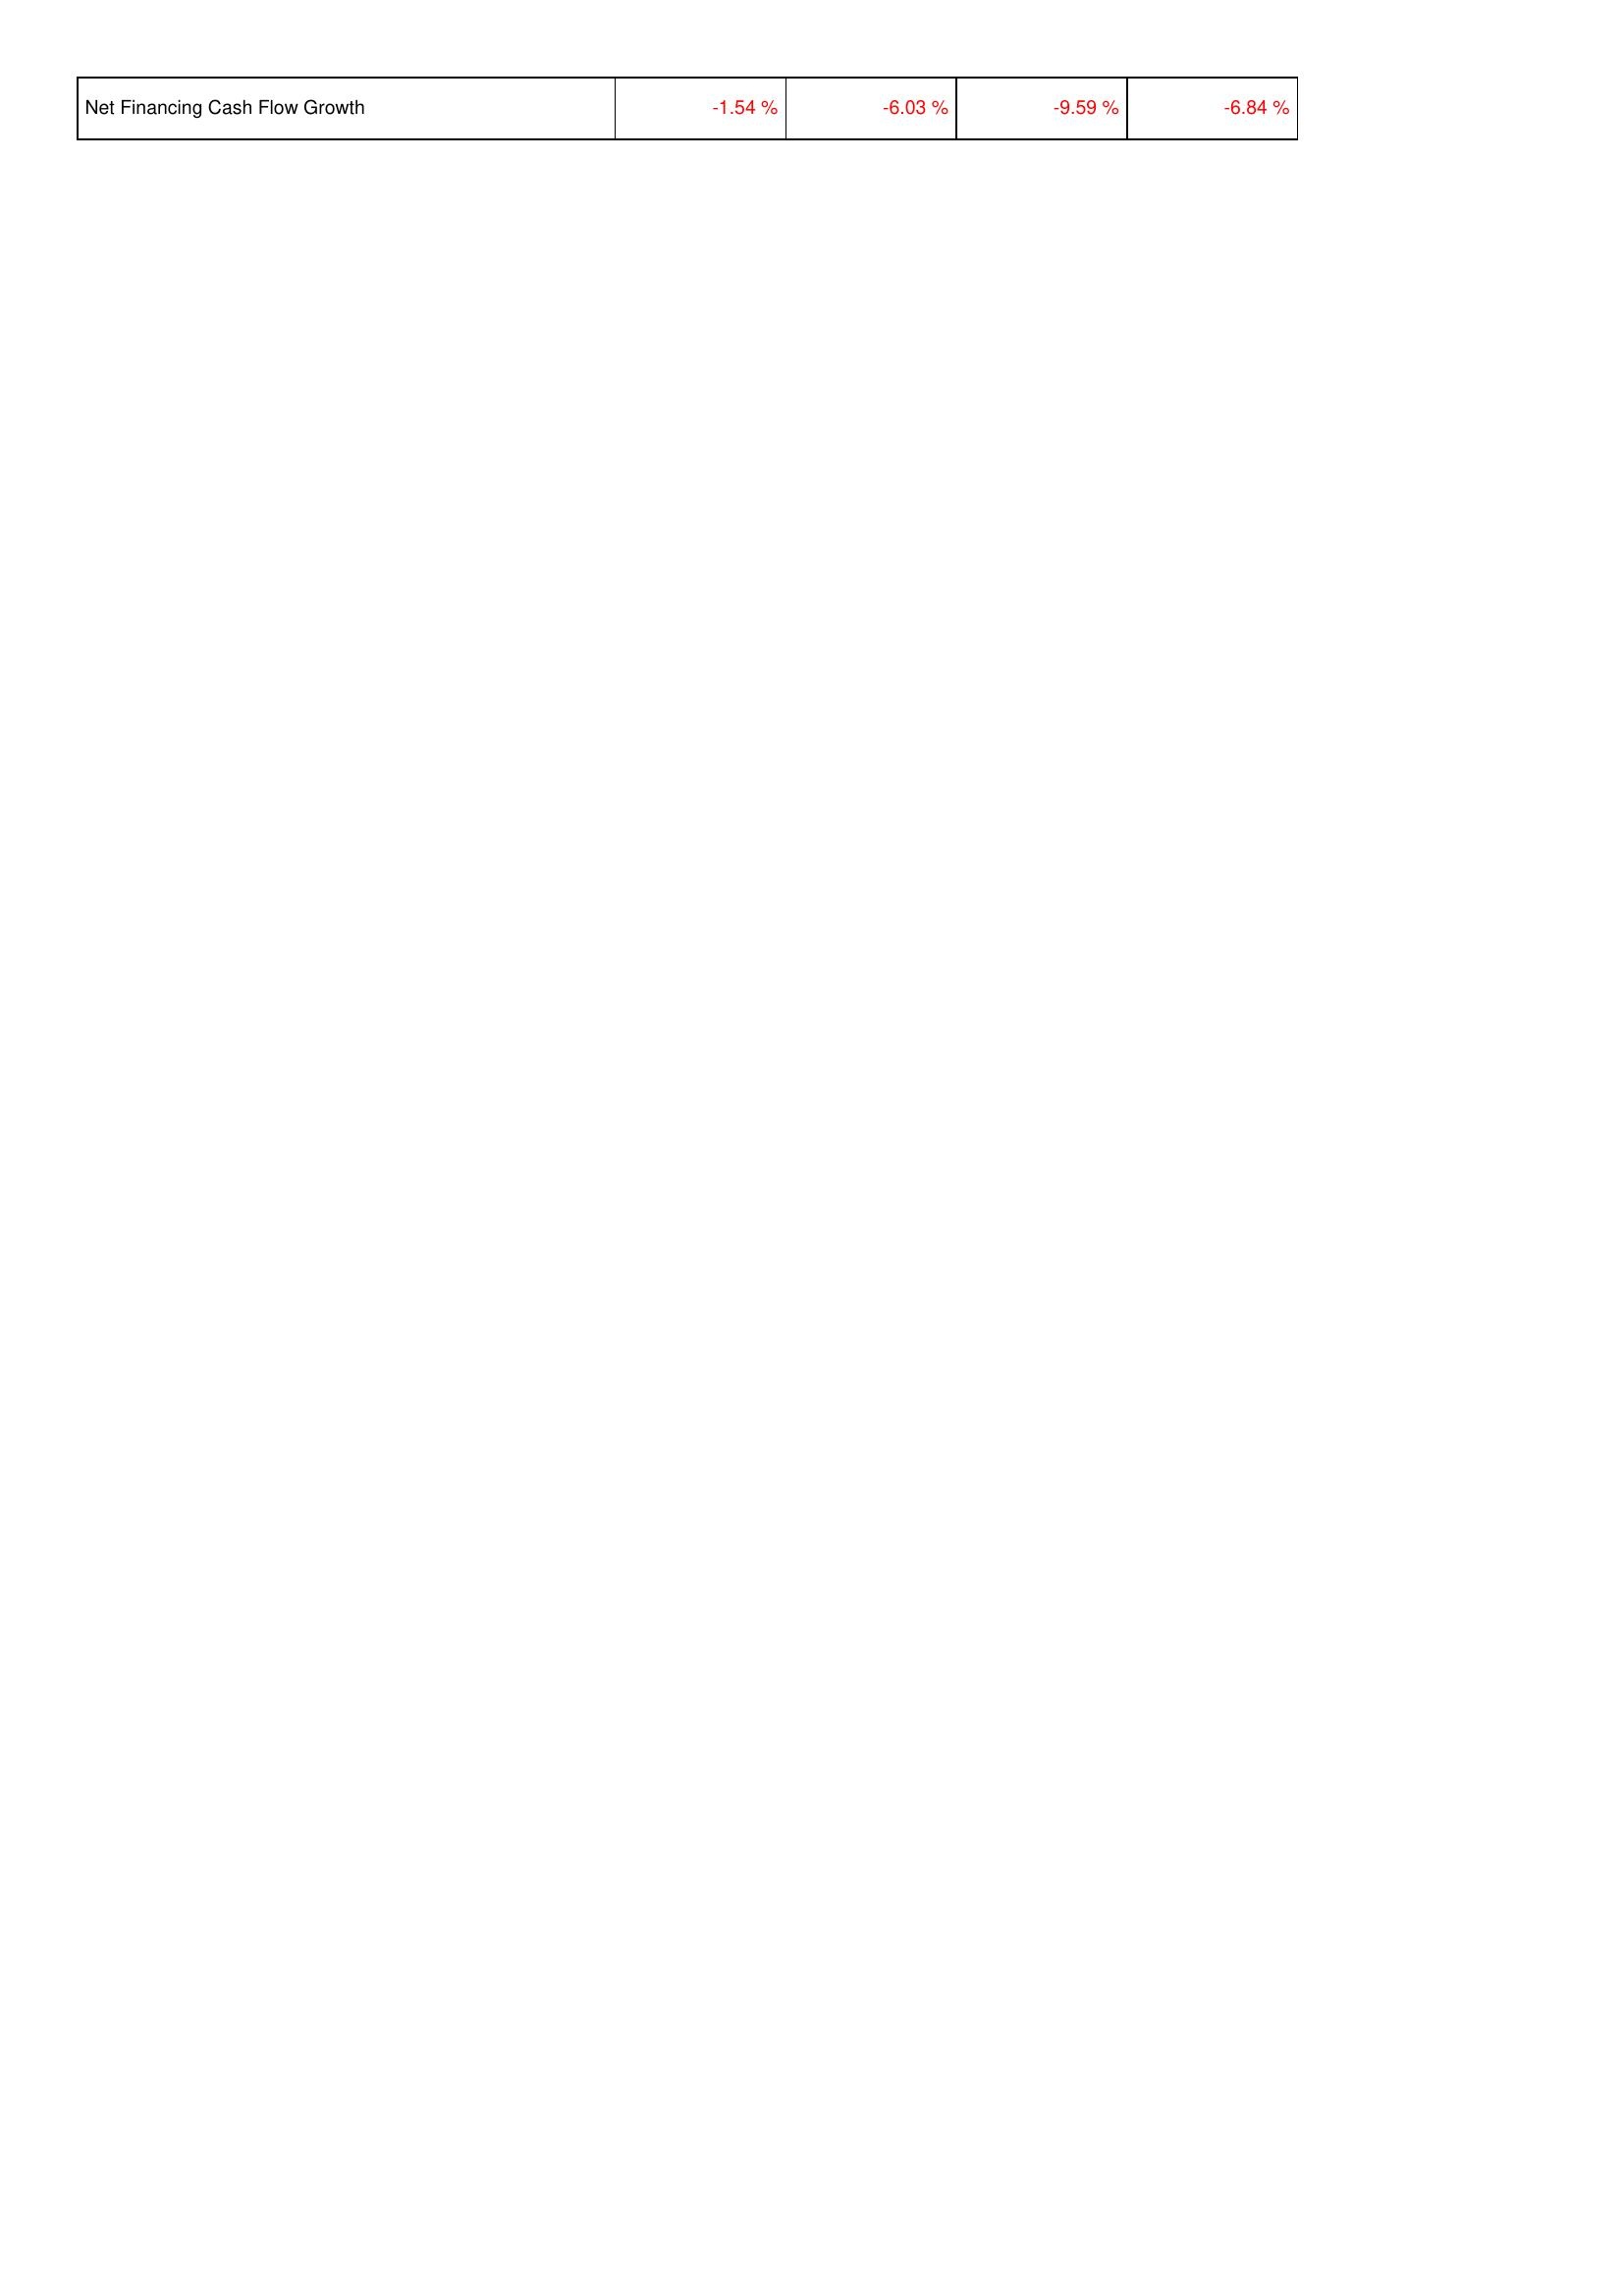
2016: Financing Activities: Net Financing Cash Flow Growth: -1.54 %
2017: Financing Activities: Net Financing Cash Flow Growth: -6.03 %
2018: Financing Activities: Net Financing Cash Flow Growth: -9.59 %
2019: Financing Activities: Net Financing Cash Flow Growth: -6.84 %